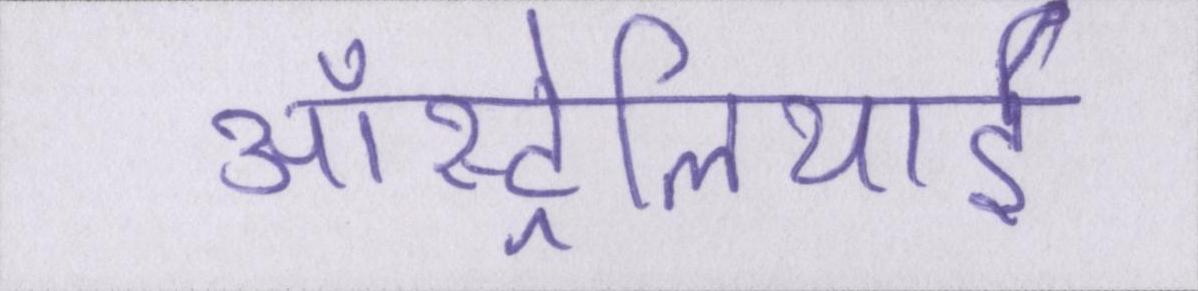
ऑस्ट्रेलियाई